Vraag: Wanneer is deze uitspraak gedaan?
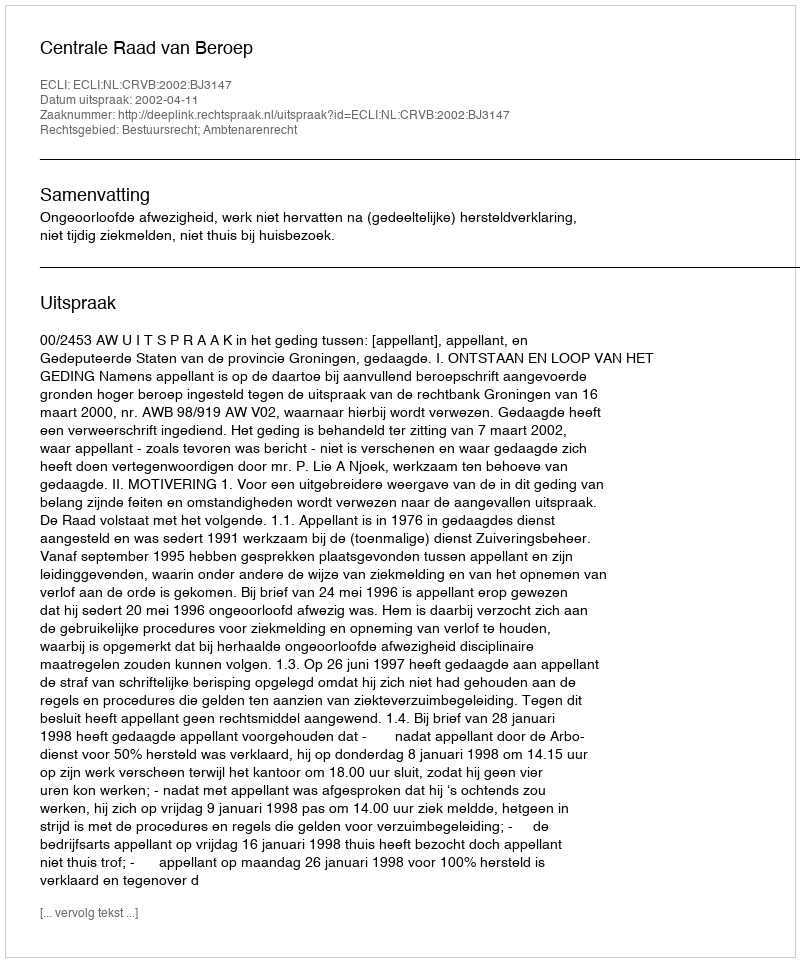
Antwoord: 2002-04-11